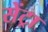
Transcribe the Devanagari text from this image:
सेंट्रा